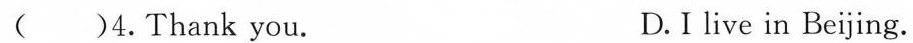
( )4.Thank you. D.Ⅰ live in Beijing.